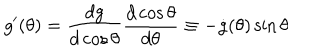
g ^ { \prime } ( \theta ) = \frac { d g } { d \cos \theta } \frac { d \cos \theta } { d \theta } \equiv - \dot { g } ( \theta ) \sin \theta